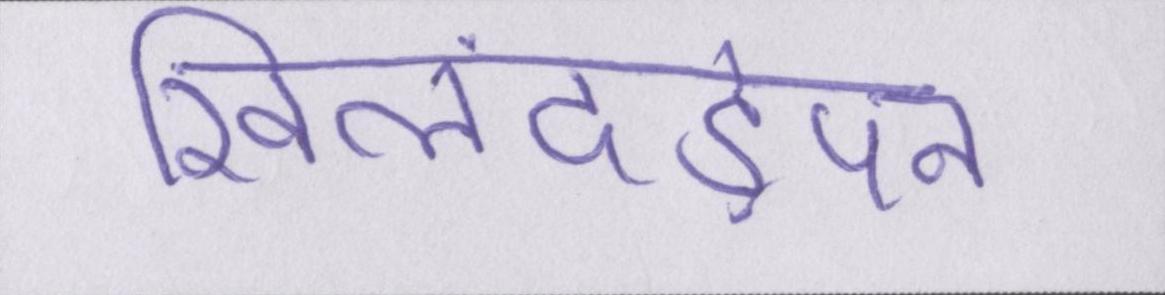
खिलंदड़ेपन